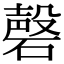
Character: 磬